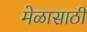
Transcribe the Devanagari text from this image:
मेळासाठी